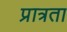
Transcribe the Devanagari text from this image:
प्रात्रता